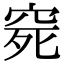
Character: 𥥱